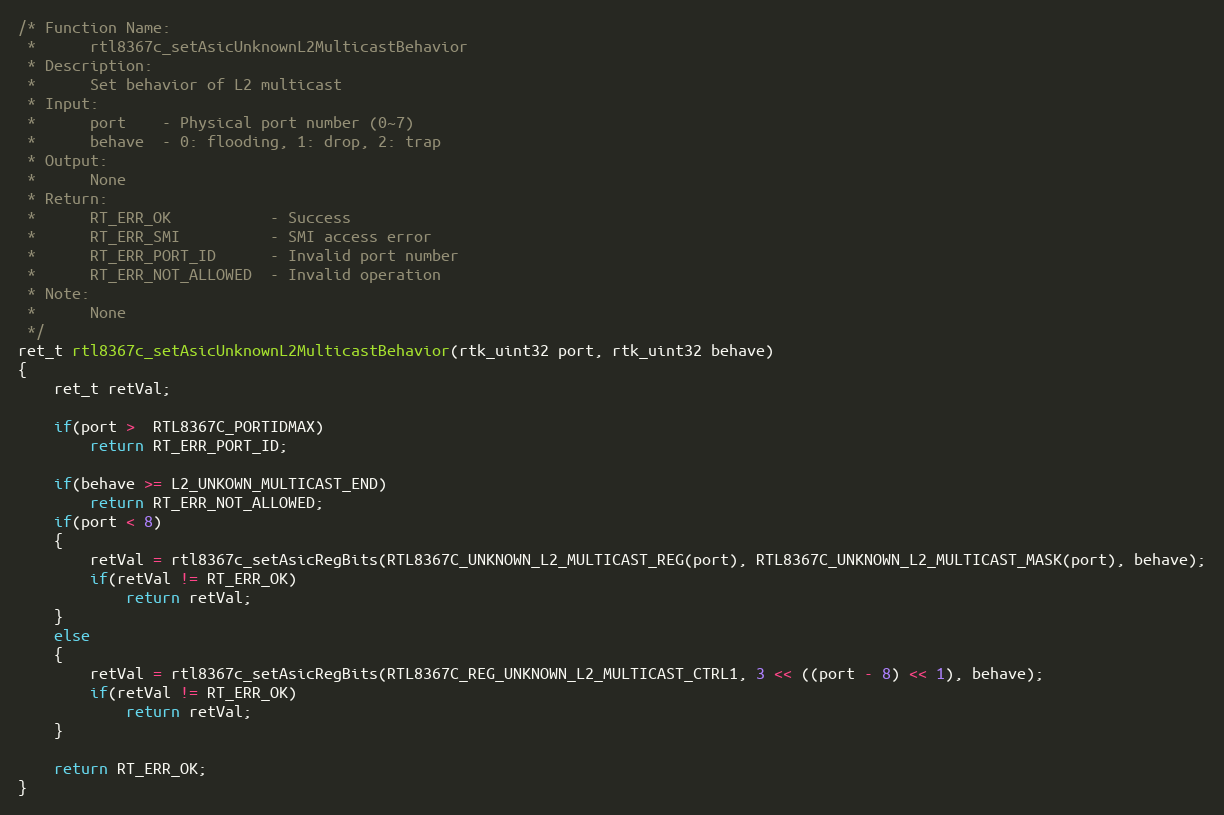
Language: C
/* Function Name:
 *      rtl8367c_setAsicUnknownL2MulticastBehavior
 * Description:
 *      Set behavior of L2 multicast
 * Input:
 *      port    - Physical port number (0~7)
 *      behave  - 0: flooding, 1: drop, 2: trap
 * Output:
 *      None
 * Return:
 *      RT_ERR_OK           - Success
 *      RT_ERR_SMI          - SMI access error
 *      RT_ERR_PORT_ID      - Invalid port number
 *      RT_ERR_NOT_ALLOWED  - Invalid operation
 * Note:
 *      None
 */
ret_t rtl8367c_setAsicUnknownL2MulticastBehavior(rtk_uint32 port, rtk_uint32 behave)
{
    ret_t retVal;

    if(port >  RTL8367C_PORTIDMAX)
        return RT_ERR_PORT_ID;

    if(behave >= L2_UNKOWN_MULTICAST_END)
        return RT_ERR_NOT_ALLOWED;
    if(port < 8)
    {
        retVal = rtl8367c_setAsicRegBits(RTL8367C_UNKNOWN_L2_MULTICAST_REG(port), RTL8367C_UNKNOWN_L2_MULTICAST_MASK(port), behave);
        if(retVal != RT_ERR_OK)
            return retVal;
    }
    else
    {
        retVal = rtl8367c_setAsicRegBits(RTL8367C_REG_UNKNOWN_L2_MULTICAST_CTRL1, 3 << ((port - 8) << 1), behave);
        if(retVal != RT_ERR_OK)
            return retVal;
    }

    return RT_ERR_OK;
}